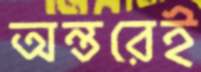
অন্তরেই